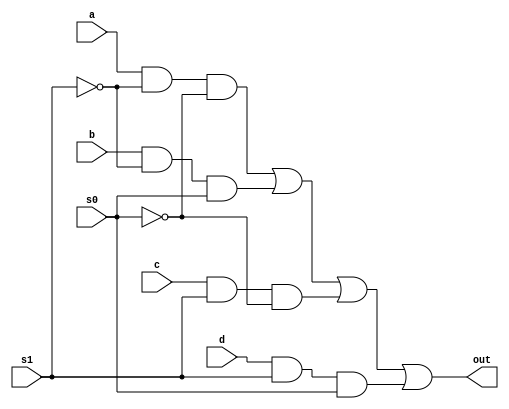
module m4_1(out, a,b,c,d, s1, s0);
	output out;
	input a,b,c,d, s0, s1;
	wire s0n,s1n,y0,y1,y2,y3;
	not (s0n, s0),(s1n, s1);
	and (y0, a, s1n, s0n),(y1, b, s1n, s0),(y2, c, s1, s0n), (y3, d, s1, s0);
	or(out, y0,y1,y2,y3);
endmodule